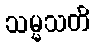
သမ္မသတိ